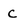
Character: c